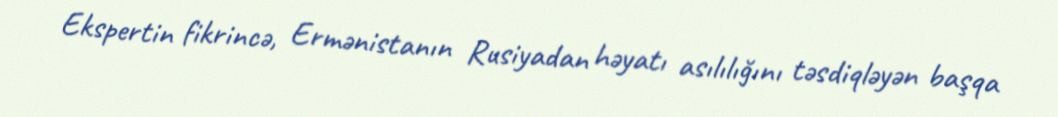
Ekspertin fikrincə, Ermənistanın Rusiyadan həyatı asılılığını təsdiqləyən başqa